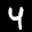
Label: 4